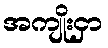
အကျိုးငှာ